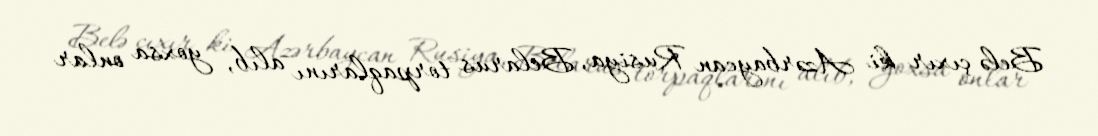
Belə çıxır ki Azərbaycan Rusiya, Belarus torpaqlarını alıb, yoxsa onlar